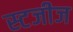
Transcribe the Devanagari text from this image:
स्टजीज